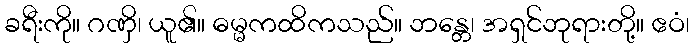
ခရီးကို။ ဂဏှိ၊ ယူ၏။ ဓမ္မကထိကသည်။ ဘန္တေ၊ အရှင်ဘုရားတို့။ ဧဝံ၊